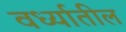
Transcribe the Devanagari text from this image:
वर्ध्यातील